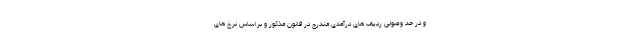
و در حد وصولی ردیف های درآمدی مندرج در قانون مذکور و براساس نرخ های